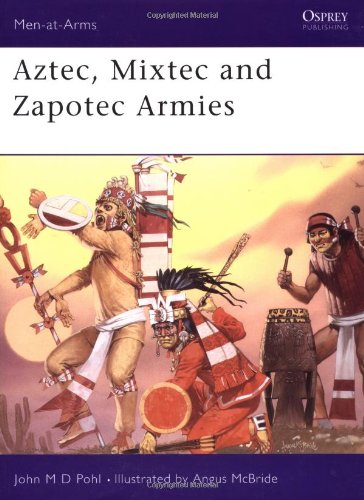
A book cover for Aztec, Mixtec and Zapotec Armies (Men-at-Arms); John Pohl; History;